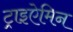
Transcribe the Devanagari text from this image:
ट्राइऐमिन